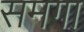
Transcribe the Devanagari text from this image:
समगा